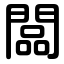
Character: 闆